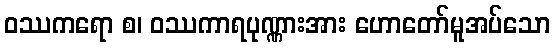
ဝဿကရော စ၊ ဝဿကာရပုဏ္ဏားအား ဟောတော်မူအပ်သော